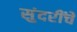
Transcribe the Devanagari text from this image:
सुंदरींचे